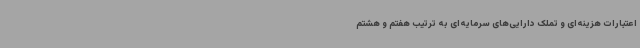
اعتبارات هزینه‌ای و تملک دارایی‌های سرمایه‌ای به ترتیب هفتم و هشتم